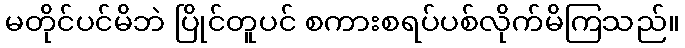
မတိုင်ပင်မိဘဲ ပြိုင်တူပင် စကားစရပ်ပစ်လိုက်မိကြသည်။